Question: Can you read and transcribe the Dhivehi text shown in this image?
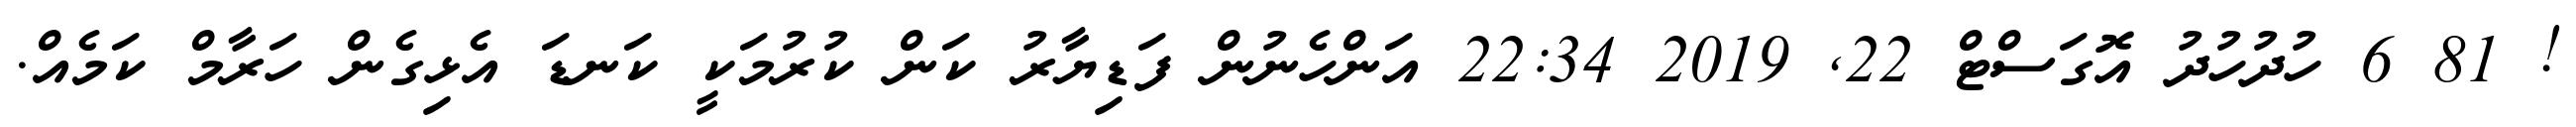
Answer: ! 81 6 ހުދުހުދު އޮގަސްޓް 22, 2019 22:34 އަންހެނުން ފަޑިޔާރު ކަން ކުރުމަކީ ކަނޑަ އެޅިގެން ހަރާމް ކަމެއް.